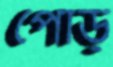
পোড়